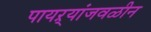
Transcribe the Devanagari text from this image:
पायऱ्यांजवळीन